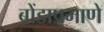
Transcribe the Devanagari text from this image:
बोंडाप्रमाणे